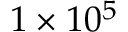
1 \times 1 0 ^ { 5 }